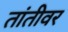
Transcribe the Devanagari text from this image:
तांतीवर